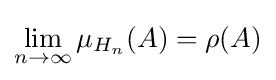
\lim _{n\to \infty }\mu _{H_{n}}(A)=\rho (A)